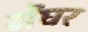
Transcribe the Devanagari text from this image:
मेंघर